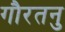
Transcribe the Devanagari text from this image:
गौरतनु